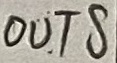
Text: OUTS